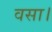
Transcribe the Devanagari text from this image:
वसा।